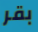
بقر